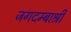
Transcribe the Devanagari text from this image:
जगदम्बाश्री